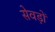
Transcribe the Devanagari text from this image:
सेवड़ों